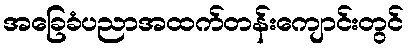
အခြေခံပညာအထက်တန်းကျောင်းတွင်